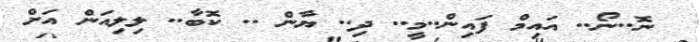
ނޮ..ނޯ.. އައިމް ފައިން..މީ.. ދި.. ޔާން .. ކޮބާ.. ލިލިއަން އަށް